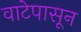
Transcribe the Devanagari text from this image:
वाटेपासून